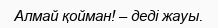
Алмай қойман! – деді жауы.